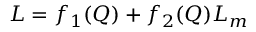
L = f _ { 1 } ( Q ) + f _ { 2 } ( Q ) L _ { m }